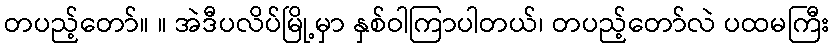
တပည့်တော်။ ။ အဲဒီပလိပ်မြို့မှာ နှစ်ဝါကြာပါတယ်၊ တပည့်တော်လဲ ပထမကြီး